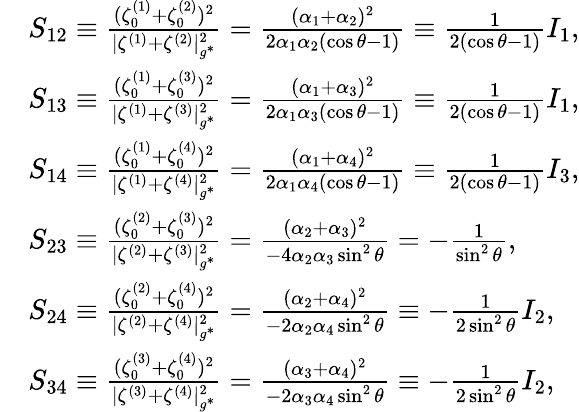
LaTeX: \begin{array}{rl}&{S_{12}\equiv\frac{(\zeta_{0}^{(1)}+\zeta_{0}^{(2)})^{2}}{|\zeta^{(1)}+\zeta^{(2)}|_{g^{*}}^{2}}=\frac{(\alpha_{1}+\alpha_{2})^{2}}{2\alpha_{1}\alpha_{2}(\cos\theta-1)}\equiv\frac{1}{2(\cos\theta-1)}I_{1},}\\ &{S_{13}\equiv\frac{(\zeta_{0}^{(1)}+\zeta_{0}^{(3)})^{2}}{|\zeta^{(1)}+\zeta^{(3)}|_{g^{*}}^{2}}=\frac{(\alpha_{1}+\alpha_{3})^{2}}{2\alpha_{1}\alpha_{3}(\cos\theta-1)}\equiv\frac{1}{2(\cos\theta-1)}I_{1},}\\ &{S_{14}\equiv\frac{(\zeta_{0}^{(1)}+\zeta_{0}^{(4)})^{2}}{|\zeta^{(1)}+\zeta^{(4)}|_{g^{*}}^{2}}=\frac{(\alpha_{1}+\alpha_{4})^{2}}{2\alpha_{1}\alpha_{4}(\cos\theta-1)}\equiv\frac{1}{2(\cos\theta-1)}I_{3},}\\ &{S_{23}\equiv\frac{(\zeta_{0}^{(2)}+\zeta_{0}^{(3)})^{2}}{|\zeta^{(2)}+\zeta^{(3)}|_{g^{*}}^{2}}=\frac{(\alpha_{2}+\alpha_{3})^{2}}{-4\alpha_{2}\alpha_{3}\sin^{2}\theta}=-\frac{1}{\sin^{2}\theta},}\\ &{S_{24}\equiv\frac{(\zeta_{0}^{(2)}+\zeta_{0}^{(4)})^{2}}{|\zeta^{(2)}+\zeta^{(4)}|_{g^{*}}^{2}}=\frac{(\alpha_{2}+\alpha_{4})^{2}}{-2\alpha_{2}\alpha_{4}\sin^{2}\theta}\equiv-\frac{1}{2\sin^{2}\theta}I_{2},}\\ &{S_{34}\equiv\frac{(\zeta_{0}^{(3)}+\zeta_{0}^{(4)})^{2}}{|\zeta^{(3)}+\zeta^{(4)}|_{g^{*}}^{2}}=\frac{(\alpha_{3}+\alpha_{4})^{2}}{-2\alpha_{3}\alpha_{4}\sin^{2}\theta}\equiv-\frac{1}{2\sin^{2}\theta}I_{2},}\end{array}